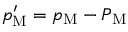
p _ { \mathrm { { M } } } ^ { \prime } = p _ { \mathrm { { M } } } - P _ { \mathrm { { M } } }